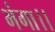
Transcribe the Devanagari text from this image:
भंगा।।